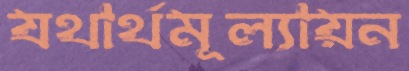
যথার্থমূল্যায়ন